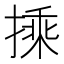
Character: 𭡽